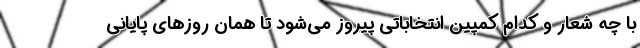
با چه شعار و کدام کمپین انتخاباتی پیروز می‌شود تا همان روزهای پایانی